Development of the Leishman-Donovan parasite in Cimex rotundatus - Number 31
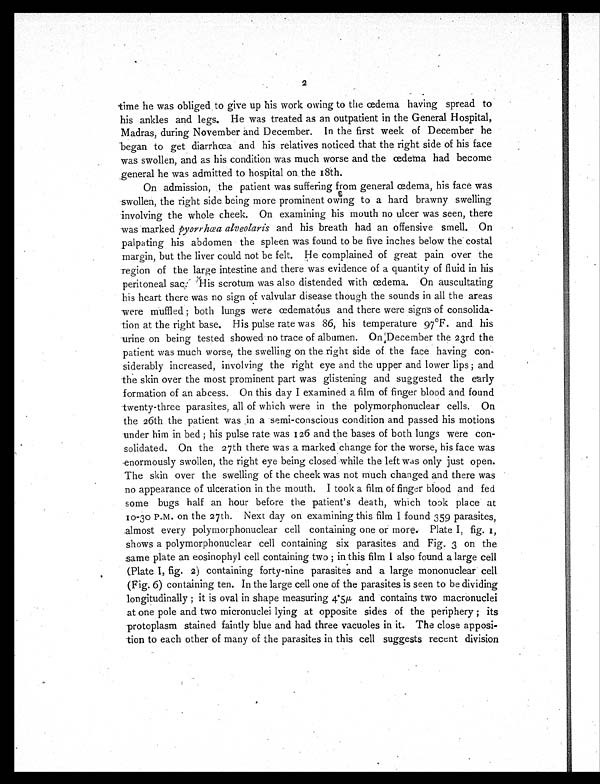
2
time he was obliged to give up his work owing to the œdema having spread to
his ankles and legs. He was treated as an outpatient in the General Hospital,
Madras, during November and December. In the first week of December he
began to get diarrhœa and his relatives noticed that the right side of his face
was swollen, and as his condition was much worse and the œdema had become
general he was admitted to hospital on the 18th.
On admission, the patient was suffering from general œdema, his face was
swollen, the right side being more prominent owing to a hard brawny swelling
involving the whole cheek. On examining his mouth no ulcer was seen, there
was marked pyorrhœa alveolaris and his breath had an offensive smell. On
palpating his abdomen the spleen was found to be five inches below the costal
margin, but the liver could not be felt. He complained of great pain over the
region of the large intestine and there was evidence of a quantity of fluid in his
peritoneal sac. His scrotum was also distended with œdema. On auscultating
his heart there was no sign of valvular disease though the sounds in all the areas
were muffled ; both lungs were œdematous and there were signs of consolida-
tion at the right base. His pulse rate was 86, his temperature 97ºF. and his
urine on being tested showed no trace of albumen. On December the 23rd the
patient was much worse, the swelling on the right side of the face having con-
siderably increased, involving the right eye and the upper and lower lips ; and
the skin over the most prominent part was glistening and suggested the early
formation of an abcess. On this day I examined a film of finger blood and found
twenty-three parasites, all of which were in the polymorphonuclear cells. On
the 26th the patient was in a semi-conscious condition and passed his motions
under him in bed ; his pulse rate was 126 and the bases of both lungs were con-
solidated. On the 27th there was a marked change for the worse, his face was
enormously swollen, the right eye being closed while the left was only just open.
The skin over the swelling of the cheek was not much changed and there was
no appearance of ulceration in the mouth. I took a film of finger blood and fed
some bugs half an hour before the patient's death, which took place at
10-30 P.M. on the 27th. Next day on examining this film I found 359 parasites,
almost every polymorphonuclear cell containing one or more. Plate I, fig. 1,
shows a polymorphonuclear cell containing six parasites and Fig. 3 on the
same plate an eosinophyl cell containing two ; in this film I also found a large cell
(Plate I, fig. 2) containing forty-nine parasites and a large mononuclear cell
(Fig. 6) containing ten. In the large cell one of the parasites is seen to be dividing
longitudinally ; it is oval in shape measuring 4.5 µ and contains two macronuclei
at one pole and two micronuclei lying at opposite sides of the periphery ; its
protoplasm stained faintly blue and had three vacuoles in it. The close apposi-
tion to each other of many of the parasites in this cell suggests recent division